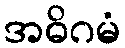
အဓိဂမံ